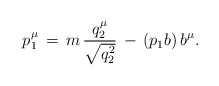
\begin{align*}p_1^\mu \,=\,m\,\frac{q_2^\mu }{\sqrt{q_2^2}}\,-\,(p_1 b)\,b^\mu .\end{align*}